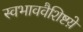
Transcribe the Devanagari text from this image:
स्वभाववैशिष्टय़े